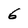
Character: 6